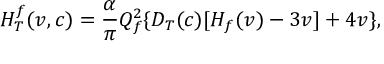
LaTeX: H _ { T } ^ { f } ( v , c ) = \frac { \alpha } { \pi } Q _ { f } ^ { 2 } \{ D _ { T } ( c ) [ H _ { f } ( v ) - 3 v ] + 4 v \} ,